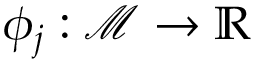
\phi _ { j } : \mathscr { M } \rightarrow \mathbb { R }